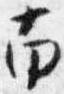
南